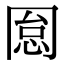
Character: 𠕡